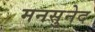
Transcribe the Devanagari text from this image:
मनसुनेद